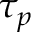
\tau _ { p }